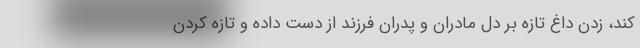
کند، زدن داغ تازه بر دل مادران و پدران فرزند از دست داده و تازه کردن